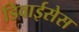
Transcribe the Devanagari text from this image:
डिवाईसेस